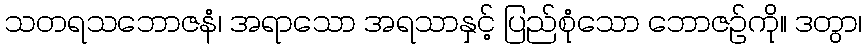
သတရသဘောဇနံ၊ အရာသော အရသာနှင့် ပြည်စုံသော ဘောဇဉ်ကို။ ဒတွာ၊